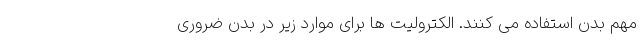
مهم بدن استفاده می کنند. الکترولیت ها برای موارد زیر در بدن ضروری